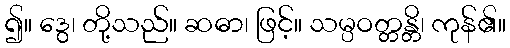
၍။ ဒွေ၊ တို့သည်။ ဆဓာ၊ ဖြင့်။ သမ္ပဝတ္တန္တိ၊ ကုန်၏။